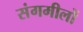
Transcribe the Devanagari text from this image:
संगमीलों